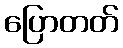
ပြောတတ်